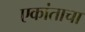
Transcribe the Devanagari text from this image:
एकांताचा